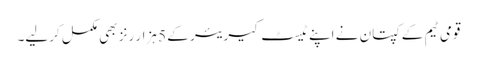
قومی ٹیم کے کپتان نے اپنے ٹیسٹ کیریئر کے 5 ہزار رنز بھی مکمل کرلیے۔